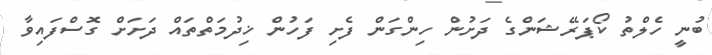
ބުނީ ހެލްތު ކޯޕަރޭޝަންގެ ދަށުން ހިންގަން ފެށި ފަހުން ޚިދުމަތްތައް ދަށަށް ގޮސްފައިވާ